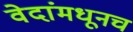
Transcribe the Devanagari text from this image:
वेदांमधूनच